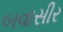
બવાસીર